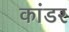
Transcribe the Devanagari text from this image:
कांडर